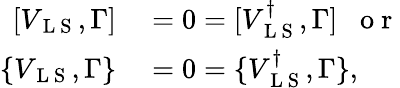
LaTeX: \begin{array}{rl}{[V_{\mathrm{~L~S~}},\Gamma]}&{{}=0=[V_{\mathrm{~L~S~}}^{\dagger},\Gamma]\; \; \mathrm{~o~r~}}\\ {\{ V_{\mathrm{~L~S~}},\Gamma\} }&{{}=0=\{ V_{\mathrm{~L~S~}}^{\dagger},\Gamma\} ,}\end{array}